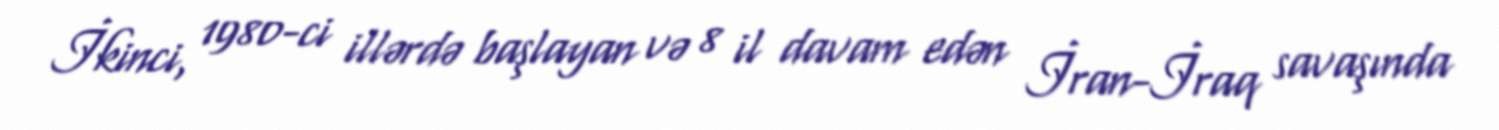
İkinci, 1980-ci illərdə başlayan və 8 il davam edən İran-İraq savaşında